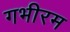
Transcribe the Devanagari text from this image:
गभीरम